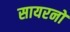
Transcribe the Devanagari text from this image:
सायरनों